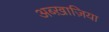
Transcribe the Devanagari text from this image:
अब्ख़ाज़िया